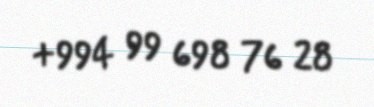
+994 99 698 76 28